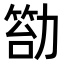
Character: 𠢙